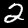
Label: 2